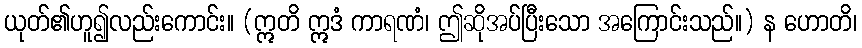
ယုတ်၏ဟူ၍လည်းကောင်း။ (ဣတိ ဣဒံ ကာရဏံ၊ ဤဆိုအပ်ပြီးသော အကြောင်းသည်။) န ဟောတိ၊